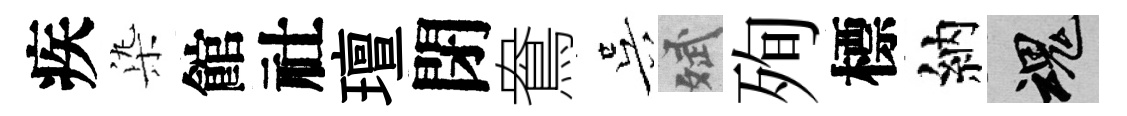
疾𣑱館社璮閉鴦吴斌殉標納魂